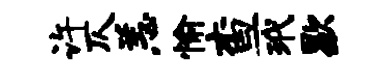
许仄恙愉查玳歇